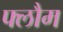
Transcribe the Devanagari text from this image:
फ्लौम